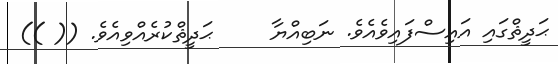
ޙަދީޘްގައި އައިސްފައިވެއެވެ. ނަބިއްޔާ     ޙަދީޘްކުރެއްވިއެވެ. (( ))